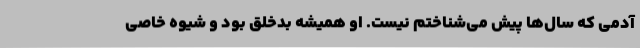
آدمی که سال‌ها پیش می‌شناختم نیست. او همیشه بدخلق بود و شیوه خاصی